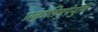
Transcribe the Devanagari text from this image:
प्रकृतिमुपेयुषि